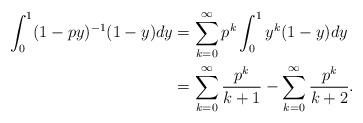
LaTeX: \begin{align*} \int_0^{1} (1-p y)^{-1} (1-y) dy &= \sum_{k=0}^\infty p^k \int_0^1 y^k(1-y) dy \\ &= \sum_{k=0}^\infty \frac{p^k}{k+1} - \sum_{k=0}^\infty \frac{p^k}{k+2}.\end{align*}